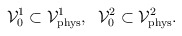
\begin{align*}{\cal V}_0^1\subset{\cal V}_{\rm phys}^1,\;\; {\cal V}_0^2\subset {\cal V}_{\rm phys}^2.\end{align*}